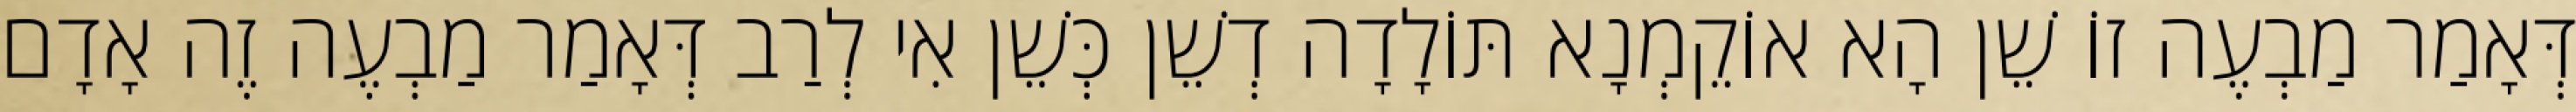
דְּאָמַר מַבְעֶה זוֹ שֵׁן הָא אוֹקֵמְנָא תּוֹלָדָה דְשֵׁן כְּשֵׁן אִי לְרַב דְּאָמַר מַבְעֶה זֶה אָדָם